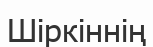
Шіркіннің